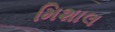
મિશાલ